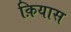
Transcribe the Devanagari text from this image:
क़ियास